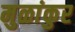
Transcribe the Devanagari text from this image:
मुळांकुर